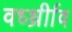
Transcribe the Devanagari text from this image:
वर्ध्ध्रीाव